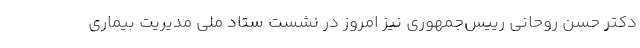
دکتر حسن روحانی رییس‌جمهوری نیز امروز در نشست ستاد ملی مدیریت بیماری